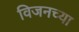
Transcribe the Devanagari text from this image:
विजनच्या